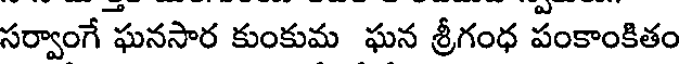
సర్వాంగే ఘనసార కుంకుమ ఘన శ్రీగంధ పంకాంకితం